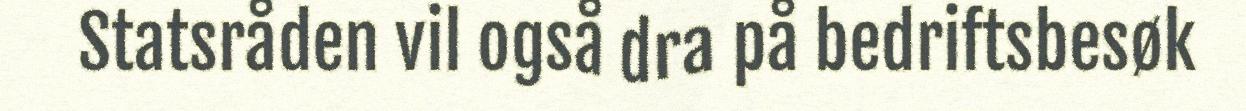
Statsråden vil også dra på bedriftsbesøk